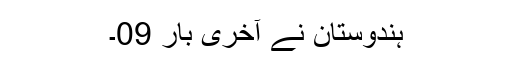
ہندوستان نے آخری بار 09۔